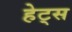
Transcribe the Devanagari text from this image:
हेट्स